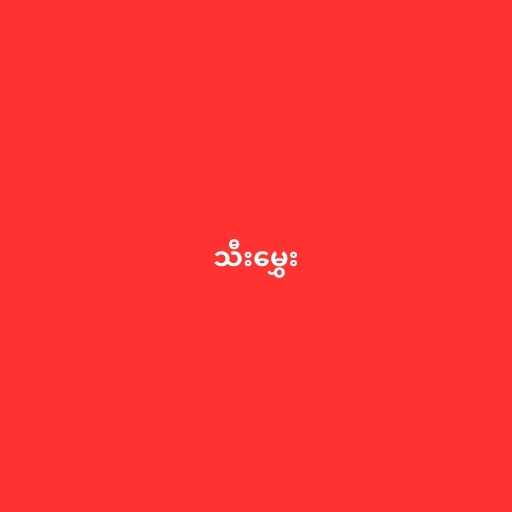
သီးမွှေး